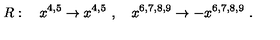
R : \quad x ^ { 4 , 5 } \to x ^ { 4 , 5 } \ , \quad x ^ { 6 , 7 , 8 , 9 } \to - x ^ { 6 , 7 , 8 , 9 } \ .